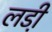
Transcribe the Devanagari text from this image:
लडी़